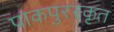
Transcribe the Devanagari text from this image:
पाकपुरस्कृत